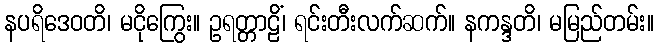
နပရိဒေဝတိ၊ မငိုကြွေး။ ဥရတ္တာဠိံ၊ ရင်းတီးလက်ဆက်။ နကန္ဒတိ၊ မမြည်တမ်း။